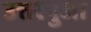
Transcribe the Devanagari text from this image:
उत्तरपुजा